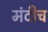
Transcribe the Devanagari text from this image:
मंदीच